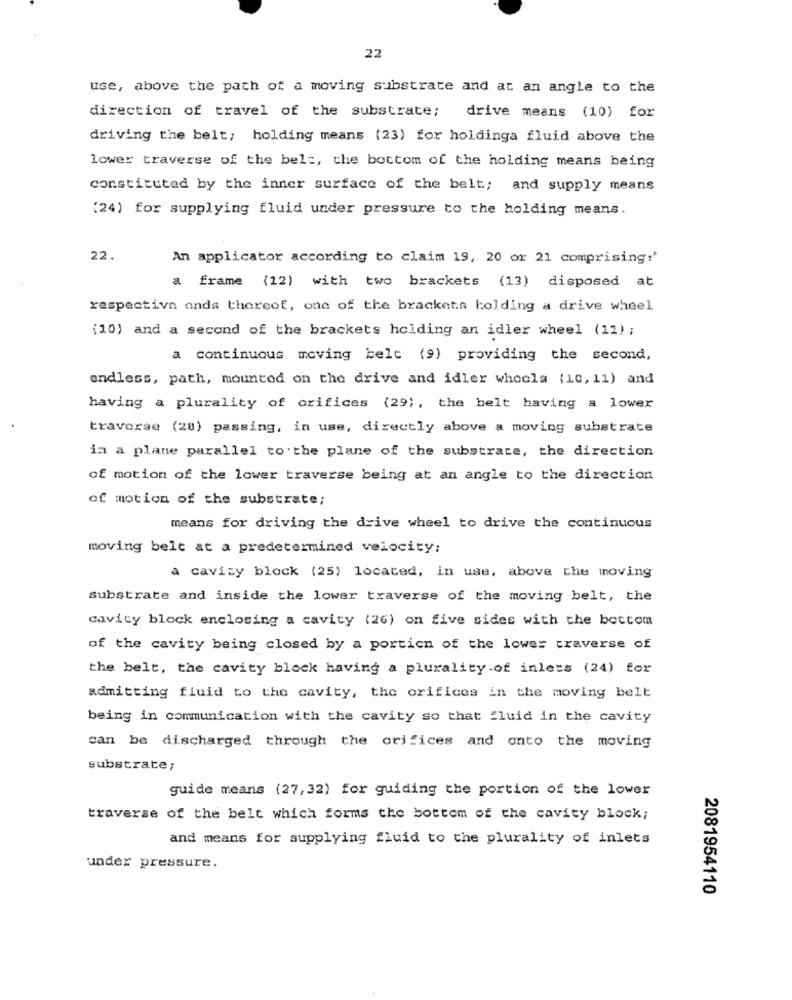
22
use, above the path of a moving substrate and at an angle to the
direction of travel of the substrate; drive means (10) for
driving the belt; holding means (23) for holdinga fluid above the
lower traverse of the belt, the bottom of the holding means being
constituted by the inner surface of the belt; and supply means
(24) for supplying fluid under pressure to the holding means.
22.
An applicator according to claim 19, 20 or 21 comprising:'
a frame (12) with two brackets (13) disposed at
respectiva onds thereof, one of the brackets holding a drive wheel
(10) and a second of the brackets holding an idler wheel (11) ;
a continuous moving belt (9) providing the second,
endless, path, mounted on the drive and idler whoola (10, 11) and
having a plurality of orifices (29), the belt having a lower
traverse (28) passing, in use, directly above a moving substrate
in a plane parallel to the plane of the substrate, the direction
of motion of the lower traverse being at an angle to the direction
of motion of the substrate;
means for driving the drive wheel to drive the continuous
moving belt at a predetermined velocity:
a cavity block (25) located, in use, above the moving
substrate and inside the lower traverse of the moving belt, the
cavicy block enclosing a cavity (26) on five sides with the bottom
of the cavity being closed by a portion of the lower traverse of
the belt, the cavity block having a plurality of inless (24) for
admitting fluid to the cavity, the orifices in the moving belt
being in communication with the cavity so that fluid in the cavity
can be discharged through the orifices and onto the moving
substrate ;
guide means (27,32) for guiding the portion of the lower
traverse of the belt which forms the bottom of the cavity block;
and means for supplying fluid to the plurality of inlets
under pressure.
2081954110